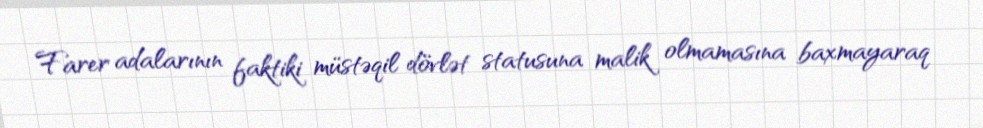
Farer adalarının faktiki müstəqil dövlət statusuna malik olmamasına baxmayaraq